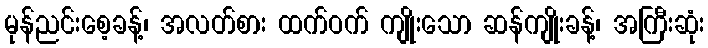
မုန်ညင်းစေ့ခန့်၊ အလတ်စား ထက်ဝက် ကျိုးသော ဆန်ကျိုးခန့်၊ အကြီးဆုံး